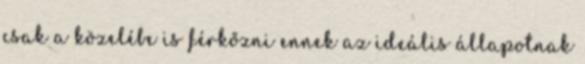
csak a közelébe is férkőzni ennek az ideális állapotnak